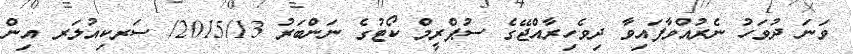
ވަނަ ދުވަހު ނެރުއްވާފައިވާ ދިވެހިރާއްޖޭގެ ސުޕްރީމް ކޯޓުގެ ނަންބަރު 2015/13/ ސަރކިއުލަރ އިން